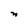
Character: n